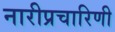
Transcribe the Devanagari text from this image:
नारीप्रचारिणी